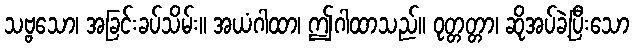
သဗ္ဗသော၊ အခြင်းခပ်သိမ်း။ အယံဂါထာ၊ ဤဂါထာသည်။ ဝုတ္တတ္တာ၊ ဆိုအပ်ခဲ့ပြီးသော